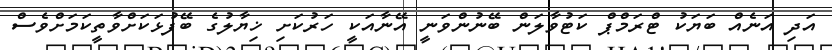
އަދި އަނެއް ބަޔަކު ޓްރަމްޕް ކަޓުވާލަން ބޭނުންވަނީ އޭނާއަކީ ހަރުކަށި ޚިޔާލުގެ ބޭފުޅަކަށްވާތީކަމަށްވެސް